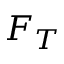
F _ { T }